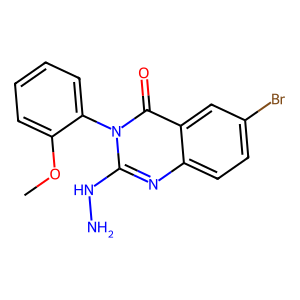
SMILES: COc1ccccc1-n1c(NN)nc2ccc(Br)cc2c1=O
Inhibits HIV replication: No